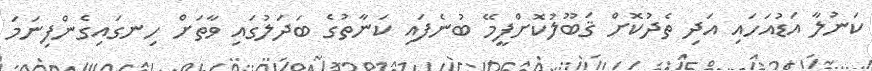
ކަނުލާ އަޑުއަހައި އަދި ތެދުކޮށް ޤަބޫލުކޮށްފީމޭ ބުނެފައި ކަނާތުގެ ބަދަލުގައި ވާތަށް ހިނގައިގެންފިނަމަ